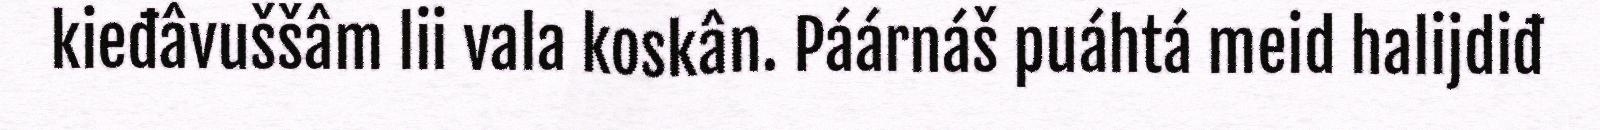
kieđâvuššâm lii vala koskân. Páárnáš puáhtá meid halijdiđ